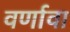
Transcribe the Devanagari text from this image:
वर्णावा